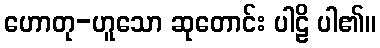
ဟောတု-ဟူသော ဆုတောင်း ပါဠိ ပါ၏။